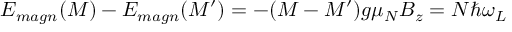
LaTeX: E _ { m a g n } ( M ) - E _ { m a g n } ( M ^ { \prime } ) = - ( M - M ^ { \prime } ) g \mu _ { N } B _ { z } = N \hbar \omega _ { L }